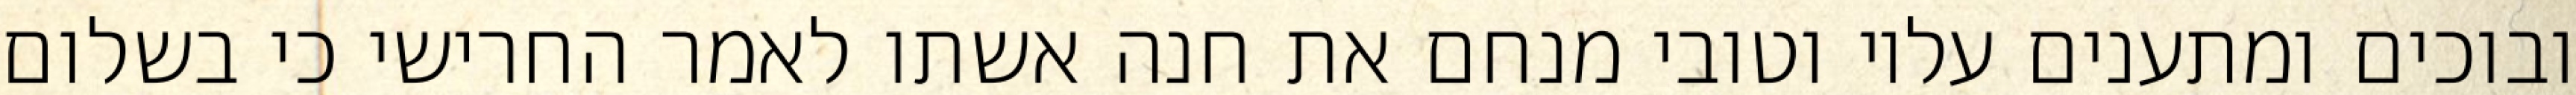
ובוכים ומתענים עליו וטובי מנחם את חנה אשתו לאמר החרישי כי בשלום